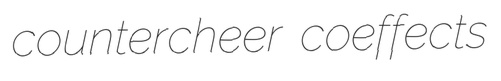
countercheer coeffects